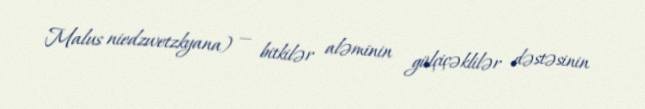
Malus niedzwetzkyana) — bitkilər aləminin gülçiçəklilər dəstəsinin